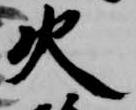
火